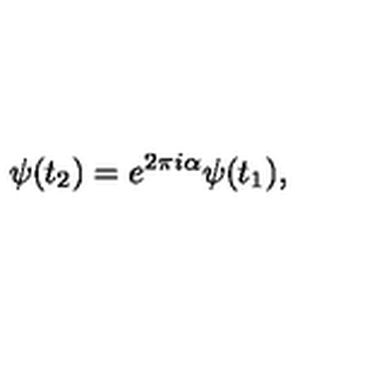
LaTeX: \psi ( t _ { 2 } ) = e ^ { 2 \pi i \alpha } \psi ( t _ { 1 } ) ,